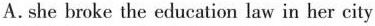
A. she broke the education law in her city